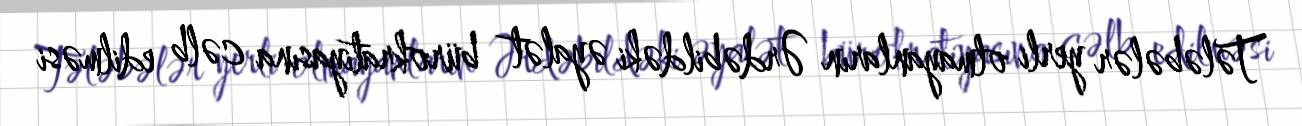
Tələbələr yerli olmayanların Ərdəbildəki əyalət bürokratiyasına cəlb edilməsi